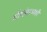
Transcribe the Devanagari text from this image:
गौमांसभक्षी